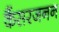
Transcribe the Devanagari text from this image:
कैंसरजनन